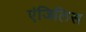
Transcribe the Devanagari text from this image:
एंजिलिस